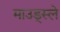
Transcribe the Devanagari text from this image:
माउड्स्ले